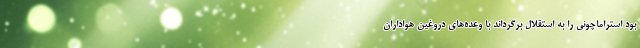
بود استراماچونی را به استقلال برگرداند با وعده‌های دروغین هواداران